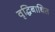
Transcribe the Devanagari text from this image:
वृद्धिबाधित